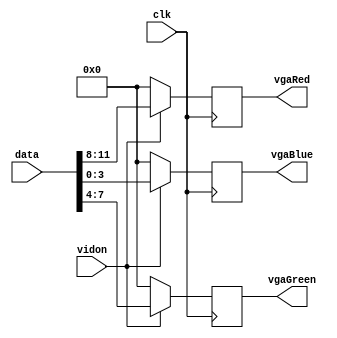
`timescale 1ns / 1ps
//////////////////////////////////////////////////////////////////////////////////
// Company: 
// Engineer: 
// 
// Design Name: 
// Module Name:    vga_display 
// Project Name: 
// Target Devices: 
// Tool versions: 
// Description: 
//
// Dependencies: 
//
// Revision: 
// Revision 0.01 - File Created
// Additional Comments: 
//
//////////////////////////////////////////////////////////////////////////////////
module vga_display(
			input wire clk,
			input wire vidon,
			input	wire [11:0] data,
			output reg [3:0] vgaRed,
			output reg [3:0] vgaGreen,
			output reg [3:0] vgaBlue
    );
 
	always @(posedge clk)
	begin
		if (vidon == 1)
		begin
			vgaRed <= data[11:8];
			vgaGreen <= data[7:4];
			vgaBlue <= data[3:0];
		end
		else
		begin
			vgaRed <= 0;
			vgaGreen <= 0;
			vgaBlue <= 0;
		end
	end

endmodule